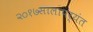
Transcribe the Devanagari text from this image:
२०१७सालापर्यंत